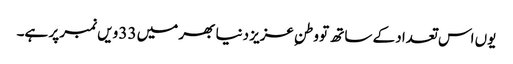
یوں اس تعداد کے ساتھ تو وطنِ عزیز دنیا بھر میں 33 ویں نمبر پر ہے۔